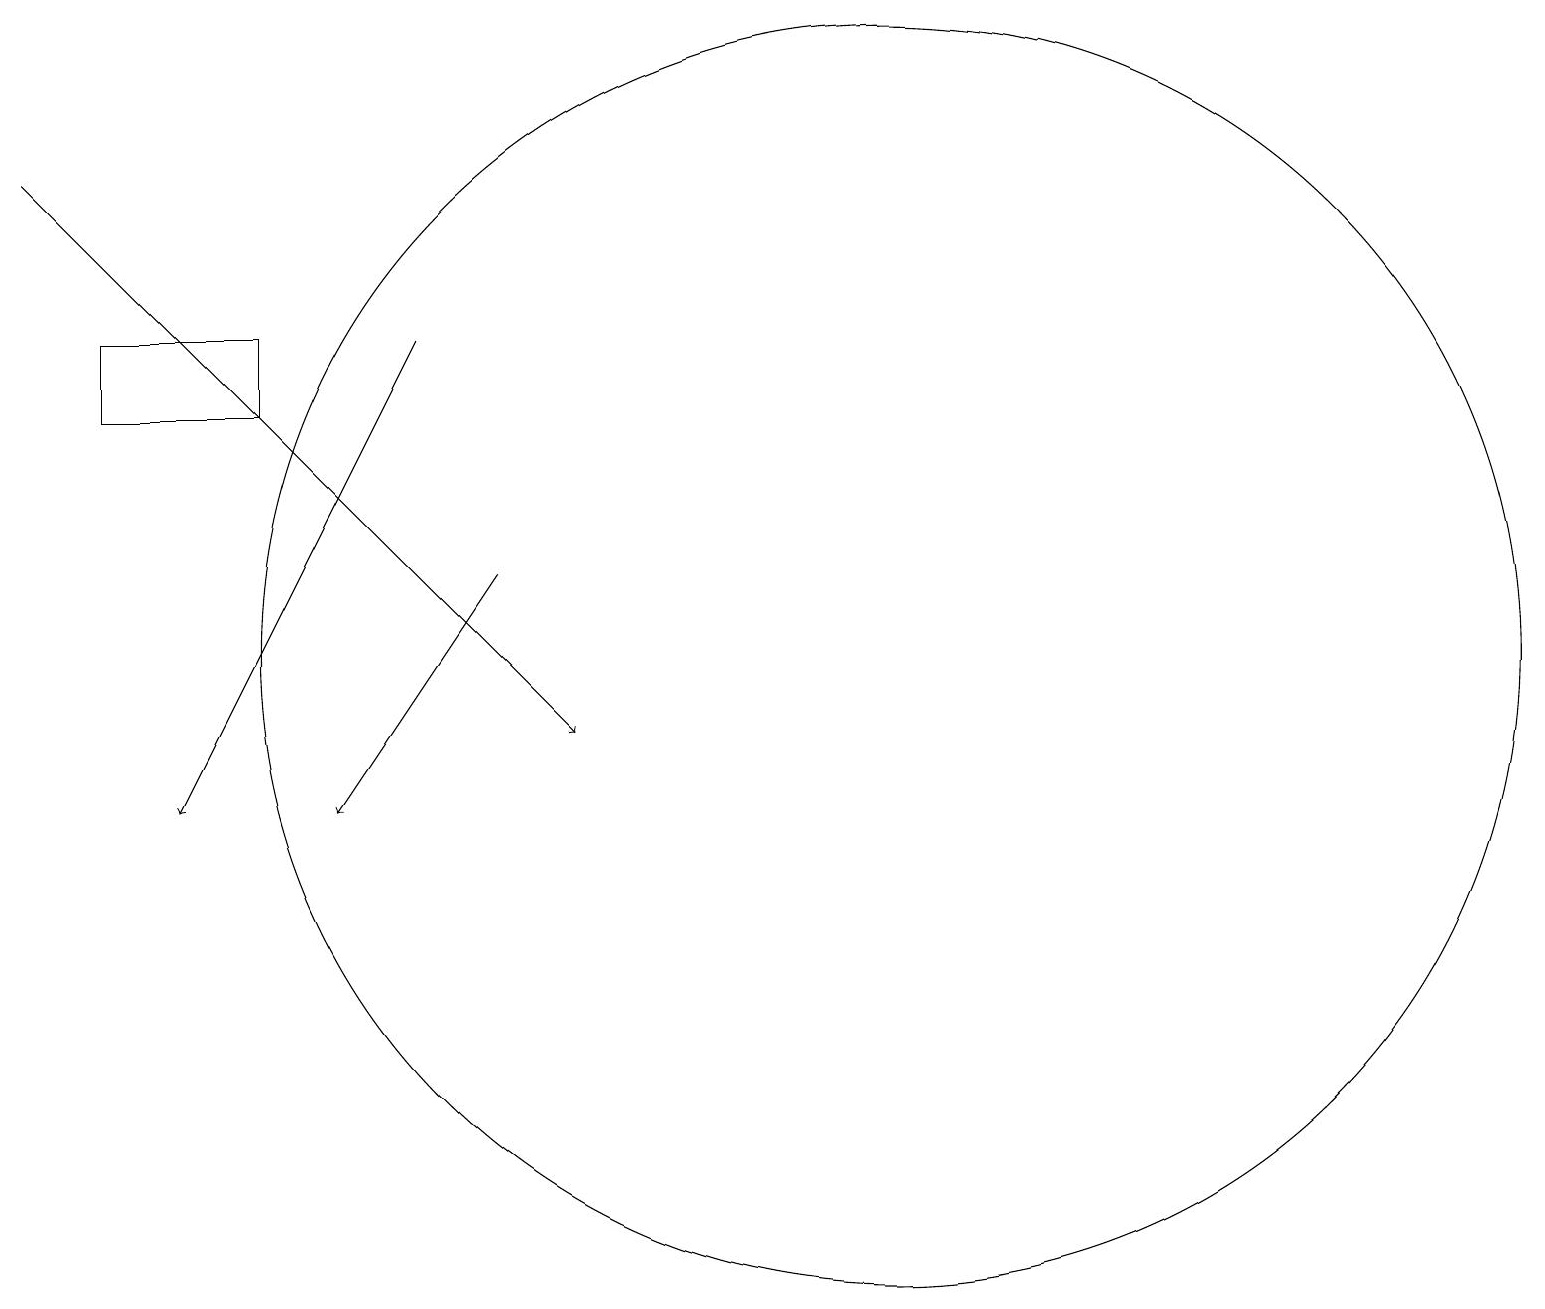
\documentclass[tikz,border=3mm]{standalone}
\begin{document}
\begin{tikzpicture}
\draw[->] (6,13) -- (4,10);
\draw[->] (0,18) -- (7,11);
\draw (1,15) rectangle (3,16);
\draw (11,12) circle (8);
\draw[->] (5,16) -- (2,10);
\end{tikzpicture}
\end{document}